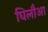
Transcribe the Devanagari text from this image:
घिलौआ